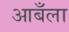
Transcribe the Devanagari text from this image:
आबँला